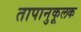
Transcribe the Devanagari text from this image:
तापानुकूलक